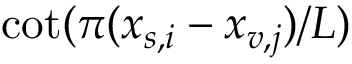
\cot ( \pi ( x _ { s , i } - x _ { v , j } ) / L )